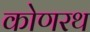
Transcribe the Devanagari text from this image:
कोणरथ